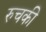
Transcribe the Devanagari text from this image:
रुचकी